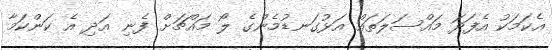
އެކަމަކު އެފަދަ މައްސަލަތައް އަޅުގަނޑުމެންގެ ލޯ މައްޗަށް ފެނި އަދި އެ ކަންކަމާ